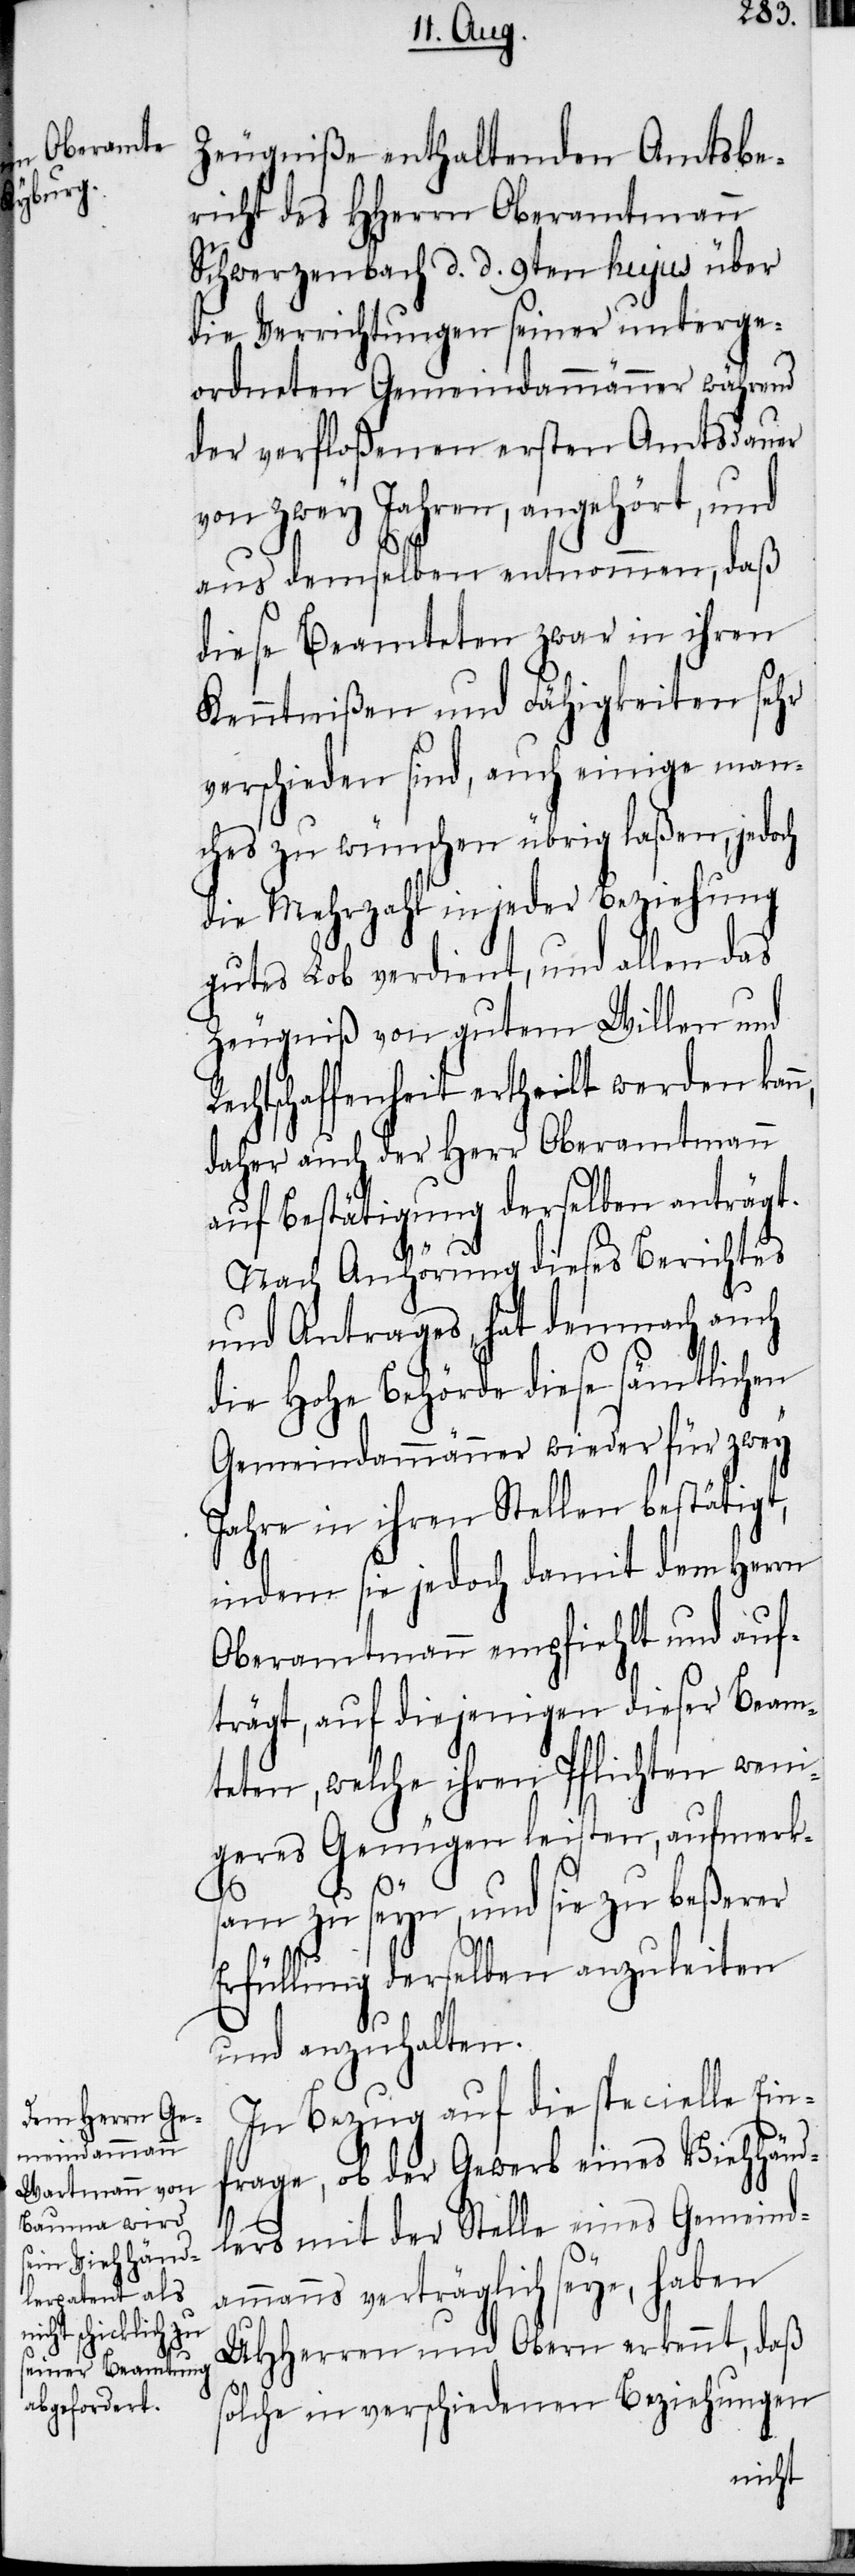
Zeugniße enthaltenden Amtsbe¬
richt des HHerrn Oberamtmann
Schwerzenbach d. d. 9ten hujus über
die Verrichtungen seiner unterge¬
ordneten Gemeindammänner während
der verfloßenen ersten Amtsdauer
von zwey Jahren, angehört, und
aus demselben entnommen, daß
diese Beamteten zwar in ihren
Kenntnißen und Fähigkeiten sehr
verschieden sind, auch einige man¬
ches zu wünschen übrig laßen, jedoch
die Mehrzahl in jeder Beziehung
gutes Lob verdient, und allen das
Zeugniß von gutem Willen und
Rechtschaffenheit ertheilt werden
daher auch der Herr Oberamtmann
auf Bestätigung derselben anträgt.
Nach Anhörung dieses Berichtes
und Antrages, hat demnach auch
die Hohe Behörde diese sämtlichen
Gemeindammänner wieder für zwey
Jahre in ihren Stellen bestätigt,
indem sie jedoch damit dem Herrn
Oberamtmann empfiehlt und auf¬
trägt, auf diejenigen dieser Beam¬
teten, welche ihren Pflichten weni¬
geres genügen leisten, aufmerk¬
sam zu seyn, und sie zu beßerer
Erfüllung derselben anzuleiten
und anzuhalten.
In Bezug auf die specielle Ein¬
frage, ob der Gewerb eines Viehhänd¬
lers mit der Stelle eines Gemeind¬
ammanns verträglich seye, haben
UHHerren und Obern erkennt, daß
solche in verschiedenen Beziehungen